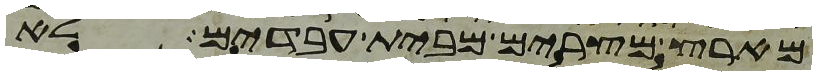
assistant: מארץ מצרים מבית עבדים לא